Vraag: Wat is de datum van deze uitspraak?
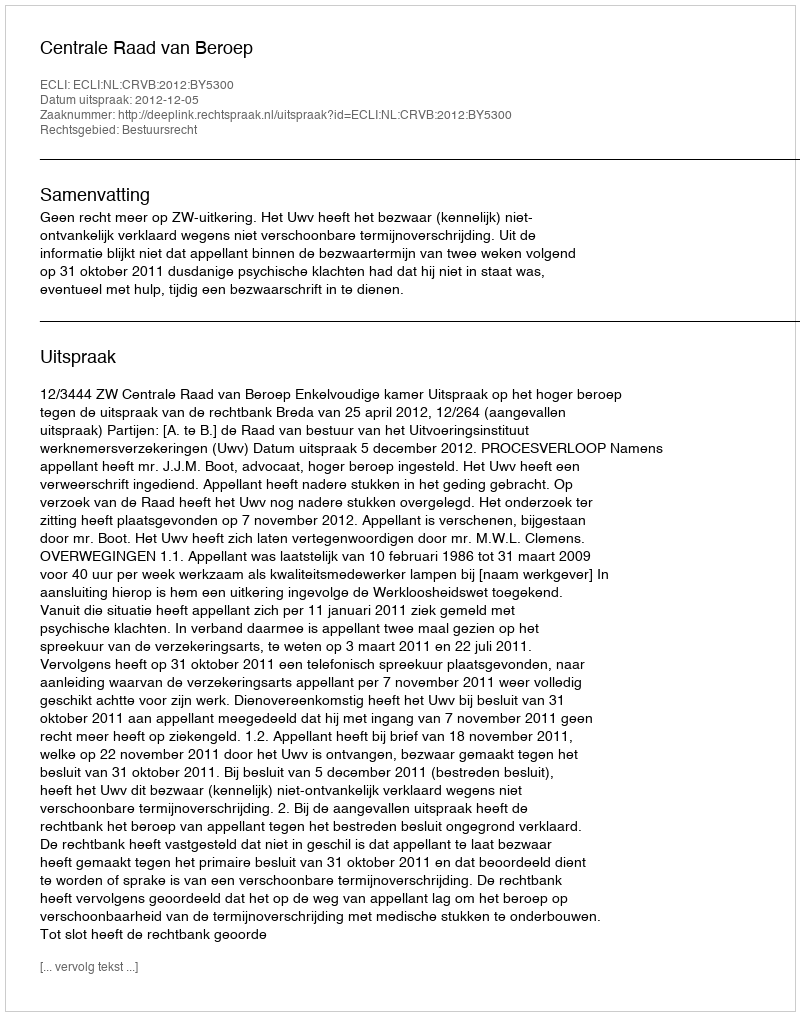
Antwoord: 2012-12-05